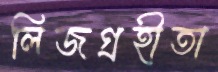
লিজগ্রহীতা